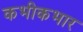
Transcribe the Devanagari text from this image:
कभीकभार